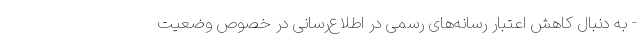
- به دنبال کاهش اعتبار رسانه‌های رسمی در اطلاع‌رسانی در خصوص وضعیت